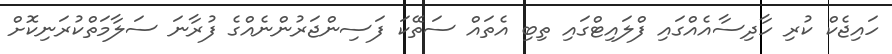
ހައިޖެކް ކުރި ހާދިސާއެއްގައި ފްލައިޓްގައި ތިބި އެތައް ސަތޭކަ ފަސިންޖަރުންނެއްގެ ފުރާނަ ސަލާމަތްކުރަނިކޮށް